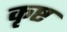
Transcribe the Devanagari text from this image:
कृष्ट